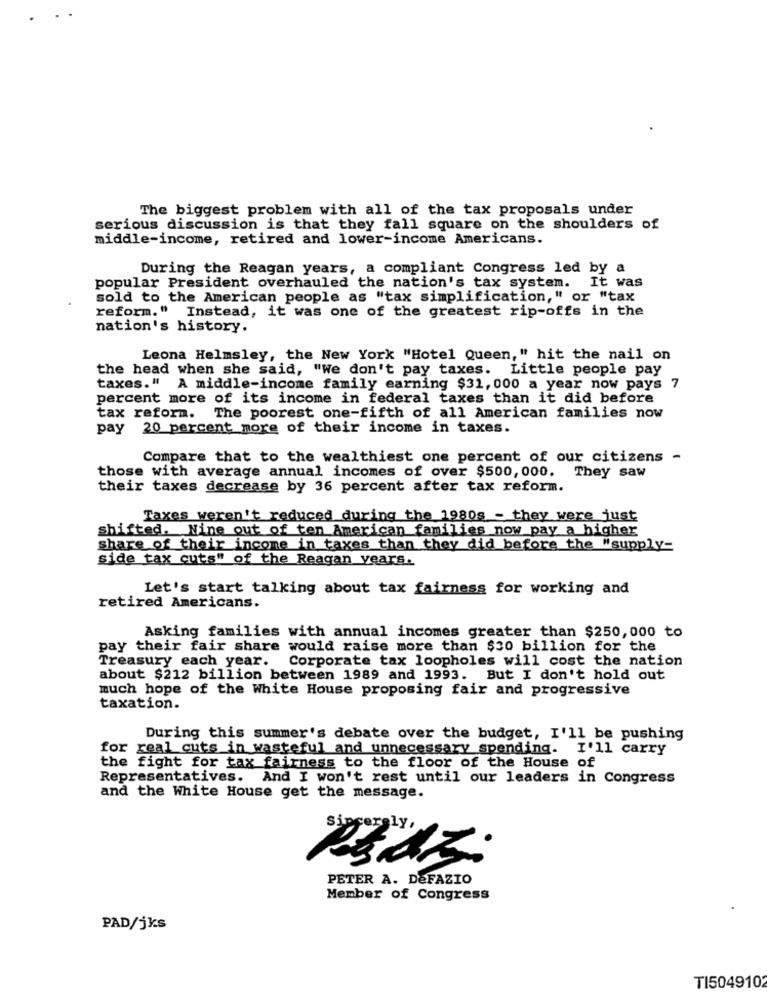
The biggest problem with all of the tax proposals under
serious discussion is that they fall square on the shoulders of
middle-income, retired and lower-income Americans.
During the Reagan years, a compliant Congress led by a
popular President overhauled the nation's tax system. It was
sold to the American people as "tax simplification," or "tax
reform." Instead, it was one of the greatest rip-offs in the
nation's history.
Leona Helmsley, the New York "Hotel Queen," hit the nail on
the head when she said, "We don't pay taxes. Little people pay
taxes." A middle-income family earning $31,000 a year now pays 7
percent more of its income in federal taxes than it did before
tax reform. The poorest one-fifth of all American families now
pay 20 percent more of their income in taxes.
Compare that to the wealthiest one percent of our citizens -
those with average annual incomes of over $500, 000. They saw
their taxes decrease by 36 percent after tax reform.
Taxes weren't reduced during the 1980s - they were just
shifted. Nine out of ten American families now pay a higher
share of their income in taxes than they did before the "supply-
side tax cuts" of the Reagan years.
Let's start talking about tax fairness for working and
retired Americans.
Asking families with annual incomes greater than $250,000 to
pay their fair share would raise more than $30 billion for the
Treasury each year.
Corporate tax loopholes will cost the nation
about $212 billion between 1989 and 1993. But I don't hold out
much hope of the White House proposing fair and progressive
taxation.
During this summer's debate over the budget, I'll be pushing
for real cuts in wasteful and unnecessary spending. I'll carry
the fight for tax fairness to the floor of the House of
Representatives. And I won't rest until our leaders in Congress
and the White House get the message.
georgly.
PETER A. DeFAZIO
Member of Congress
PAD/jks
TI5049102